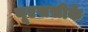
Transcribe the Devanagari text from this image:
यूएससीके